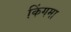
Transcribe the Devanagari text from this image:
किंगमा